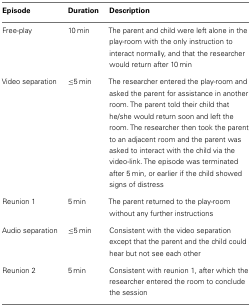
| Episode | Duration | Description |
 | --- | --- | --- |
 | Free-play | 10 min | The parent and child were left alone in the play-room with the only instruction to interact normally, and that the researcher would return after 10 min |
 | Video separation | ≤5 min | The researcher entered the play-room and asked the parent for assistance in another room. The parent told their child that he/she would return soon and left the room. The researcher then took the parent to an adjacent room and the parent was asked to interact with the child via the video-link. The episode was terminated after 5 min, or earlier if the child showed signs of distress |
 | Reunion 1 | 5 min | The parent returned to the play-room without any further instructions |
 | Audio separation | ≤5 min | Consistent with the video separation except that the parent and the child could hear but not see each other |
 | Reunion 2 | 5 min | Consistent with reunion 1, after which the researcher entered the room to conclude the session |